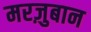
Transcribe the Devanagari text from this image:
मरज़ुबान